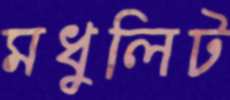
মধুলিট